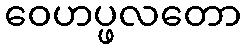
ဝေဟပ္ဖလတော